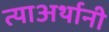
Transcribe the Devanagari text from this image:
त्याअर्थानी